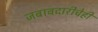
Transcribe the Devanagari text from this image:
जबाबदारीचेही